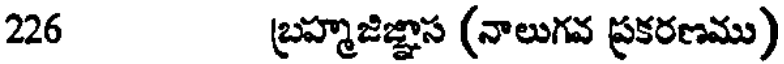
226 బ్రహ్మజిజ్ఞాస (నాలుగవ ప్రకరణము)